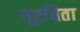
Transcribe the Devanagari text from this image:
पूरयिता